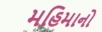
મહિમાનો